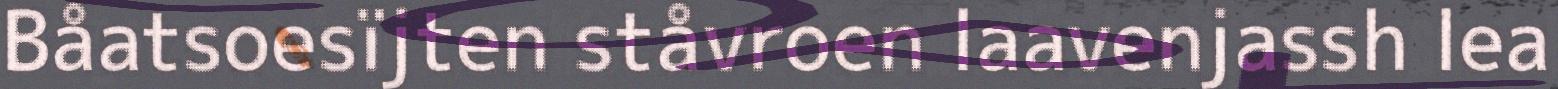
Båatsoesïjten ståvroen laavenjassh lea